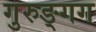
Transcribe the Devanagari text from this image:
गुरुङ्गग